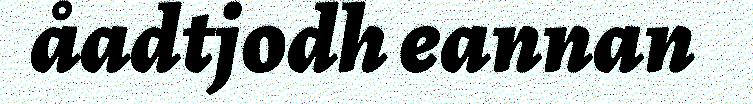
åadtjodh eannan